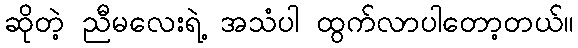
ဆိုတဲ့ ညီမလေးရဲ့ အသံပါ ထွက်လာပါတော့တယ်။